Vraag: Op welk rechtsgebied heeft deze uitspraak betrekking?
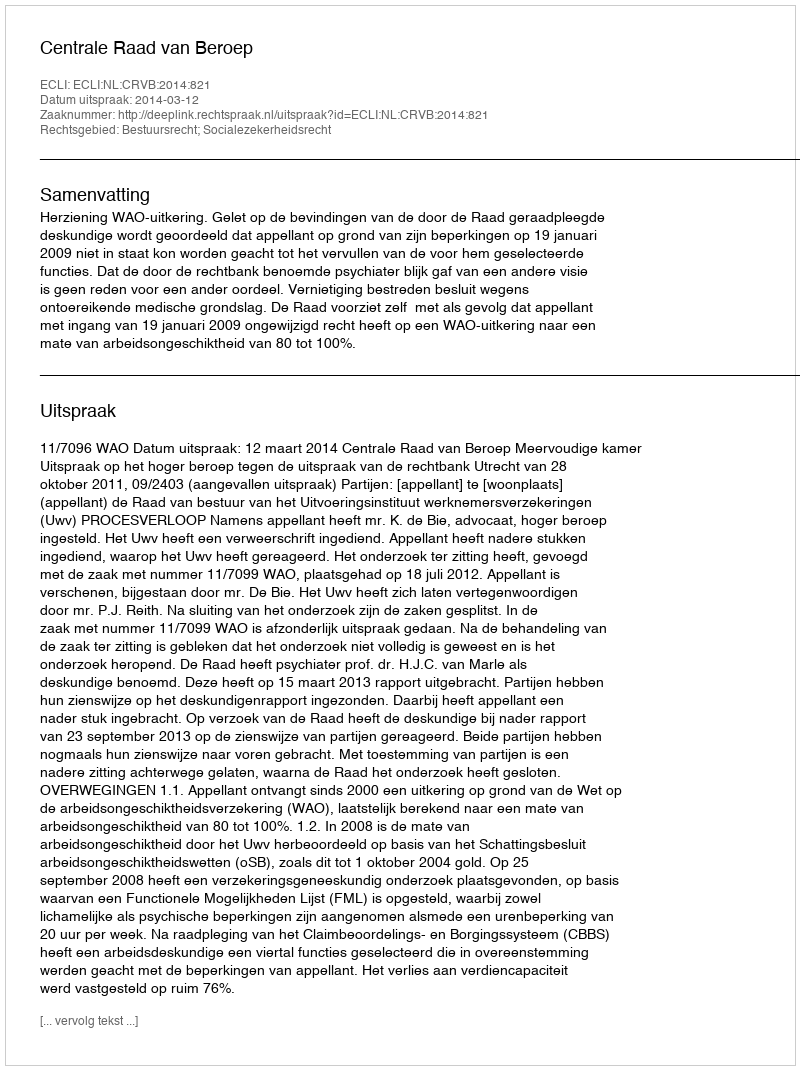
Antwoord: Bestuursrecht; Socialezekerheidsrecht